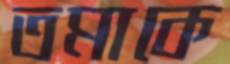
তমাকে